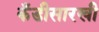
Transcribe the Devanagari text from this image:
कँडीसारखी